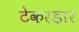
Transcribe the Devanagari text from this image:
टेकरडार